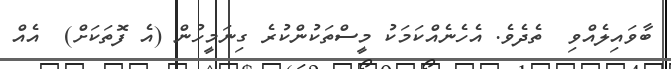
ބާވައިލެއްވި  ތެދެވެ. އެހެނެއްކަމަކު މީސްތަކުންކުރެ ގިނަމީހުން (އެ ފޮތަކަށް)  އެއް